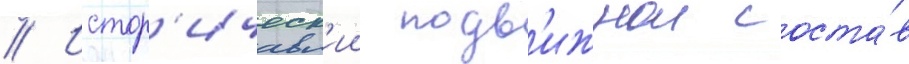
// Истор'ическ'ии подв'ижнои соста́в